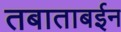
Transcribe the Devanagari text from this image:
तबाताबईन